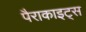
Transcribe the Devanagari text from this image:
पैराकाइट्स